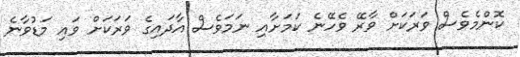
ކޮންމެވެސް ވަރަކަށް ވާރޭ ވެހޭނެ ކަމަށާއި ނަމަވެސް އާދައިގެ ވަރަކަށް ވައި މަޑުވާނެ